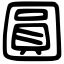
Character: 圓